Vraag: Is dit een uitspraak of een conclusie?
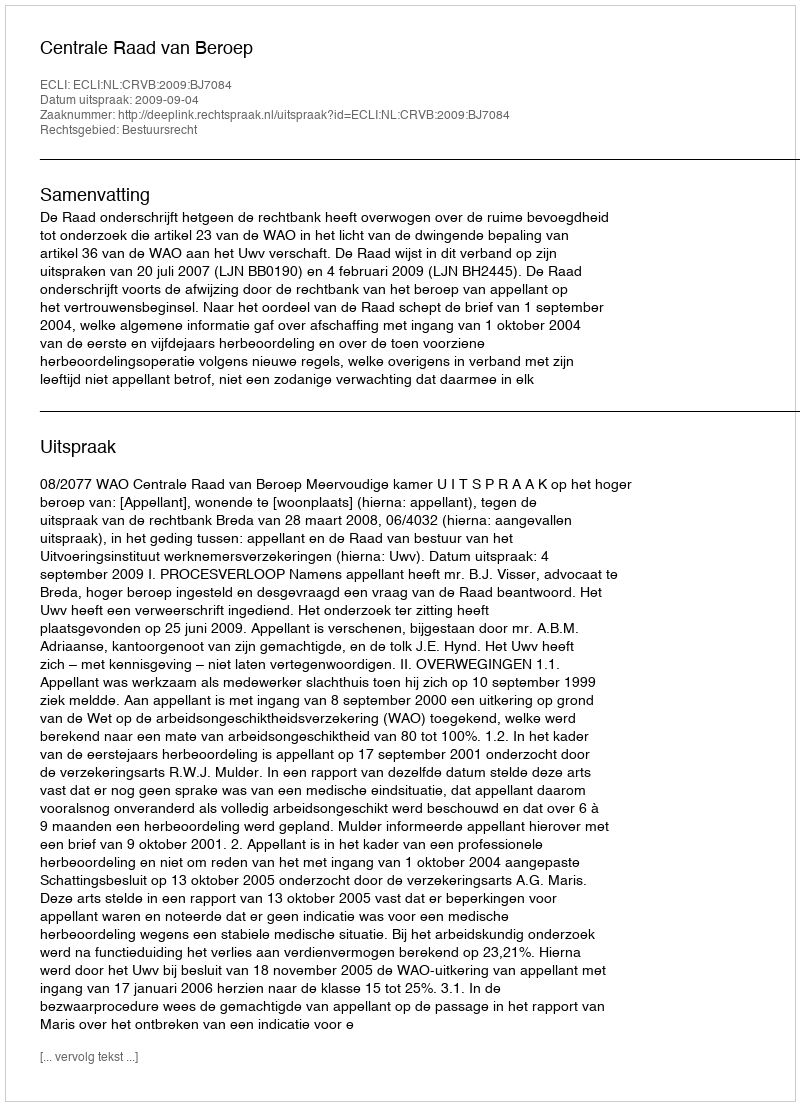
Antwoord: Uitspraak